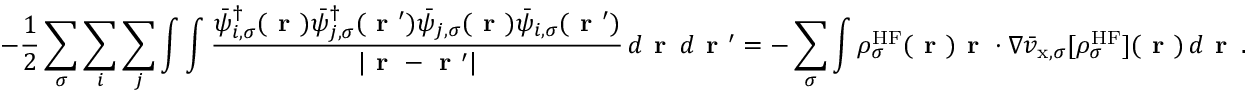
- \frac { 1 } { 2 } \sum _ { \sigma } \sum _ { i } \sum _ { j } \int \int \frac { \bar { \psi } _ { i , \sigma } ^ { \dagger } ( \boldsymbol { \textbf { r } } ) \bar { \psi } _ { j , \sigma } ^ { \dagger } ( \boldsymbol { \textbf { r } } ^ { \prime } ) \bar { \psi } _ { j , \sigma } ( \boldsymbol { \textbf { r } } ) \bar { \psi } _ { i , \sigma } ( \boldsymbol { \textbf { r } } ^ { \prime } ) } { | \boldsymbol { \textbf { r } } - \boldsymbol { \textbf { r } } ^ { \prime } | } \, d \boldsymbol { \textbf { r } } \, d \boldsymbol { \textbf { r } } ^ { \prime } = - \sum _ { \sigma } \int \rho _ { \sigma } ^ { \mathrm { H F } } ( \boldsymbol { \textbf { r } } ) \boldsymbol { \textbf { r } } \cdot \nabla \bar { v } _ { \mathrm { x } , \sigma } [ \rho _ { \sigma } ^ { \mathrm { H F } } ] ( \boldsymbol { \textbf { r } } ) \, d \boldsymbol { \textbf { r } } \, .